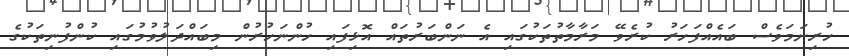
ހުރިނަމަވެސް ބައެއްފަހަރު ކުރެވޭ މަރާމާތުތަކުގައި އެ ނަންބަރުތައް އޮޅިފައި ހުންނަހުރުން މިބައްދަލުވުމުގައި ކުންފުނިތަކުގެ